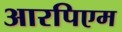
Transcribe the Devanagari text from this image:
आरपिएम